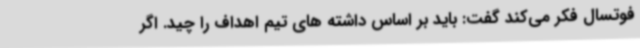
فوتسال فکر می‌کند گفت: باید بر اساس داشته های تیم اهداف را چید. اگر